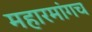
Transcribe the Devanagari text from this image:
महारमांगच